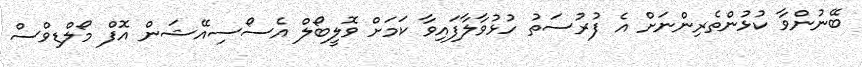
ބޭނުންވާ ކުޅުންތެރިންނަށް އެ ފުރުސަތު ހުޅުވާލާފައިވާ ކަމަށް ވޮލީބޯލް އެސޯސިއޭޝަން އޮފް މޯލްޑިވްސް